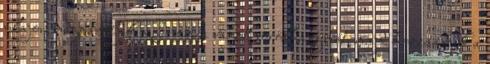
olajon megpároljuk a finomra vágott vöröshagymát, majd hozzáadjuk a